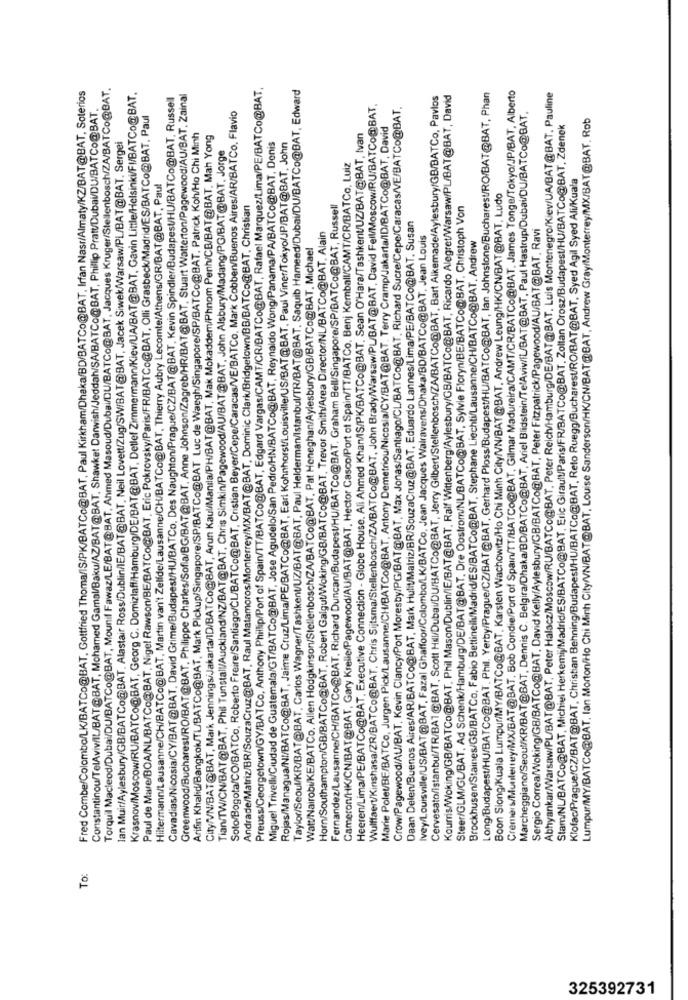
Fred Combe/Colombo/LK/BATCo@BAT, Gottfried Thoma/IS/PK/BATCo@BAT, Paul Kirkham/Dhaka/BD/BATCo@BAT, Irfan Nasr/Almaty/KZ/BAT@BAT, Soterios
Torquil Macleod/Dubai/DL/BATCo@BAT, Mounil Fawaz/LE/BAT@BAT, Ahmed Masoud/Dubai/DU/BATCo@BAT, Jacques Kruger/Stellenbosch/ZA/BATCo@BAT.
Preuss/Georgetown/GY/BATCo, Anthony Phillip/Port of Spain/TT/BATCo@BAT, Edgard Vargas/CAMT/CR/BATCo@BAT, Rafael Marquez/Lima/PE/BATCo@BAT,
Taylor/Seoul/KR/BAT@BAT, Carlos Wagner/TashkentUZ/BAT@BAT, Paul Helderman/Istanbul/TR/BAT@BAT, Saquib Hameed/Dubai/DU/BATCo@BAT, Edward
Cremers/Munleney/MX/BAT@BAT, Bob Condie/Port of Spain/TT/BATCo@BAT, Gilmar Madureira/CAMT/CR/BATCo@BAT. James Tonge/Tokyo/JP/BAT, Alberto
Krasnow/Moscow/RU/BATCo@BAT, Georg C. Domizlaff/Hamburg/DE/BAT@BAT, Detlef Zimmermann/Kiev/UA/BAT@BAT, Gavin Little/Helsinki/FI/BATCo@BAT,
Cavadias/Nicosia/CY/BAT@BAT. David Grime/Budapest/HU/BATCo, Des Naughton/Prague/CZ/BAT@BAT, Kevin Spindler/Budapest/HU/BATCo@BAT, Russell
Greenwood/Bucharest/RO/BAT@BAT, Philippe Charles/Sofia/BG/BAT@BAT. Anne Johnson/Zagreb/HR/BAT@BAT, Stuart Watterton/Pagewood/AU/BAT, Zainal
Cervesato/Istanbul/TR/BA1@BAT, Scott Hill/Dubai/DU/BATCo@BAT, Jerry Gilbert/Stellenbosch/ZA/BATCo@BAT, Bart Alkemade/Aylesbury/GB/BATCo, Pavlos
Kourris/Woking/GB/BATCo@BAT, Phil Mason/Dublin/IE/BAT@BAT, Ralf Wittenberg/Aylesbury/GB/BATCo@BAT, Ricardo Alegret/Warsaw/PL/BAT@BAT, David
Long/Budapest/HU/BATCo@BAT. Phil. Yerby/Prague/CZ/BAT@BAT, Gerhard Ploss/Budapest/HU/BATCo@BAT, lan Johnstone/Bucharest/RO/BAT@BAT, Phan
Abhyankar/Warsaw/PL/BAT@BAT, Peter Halacz/Moscow/RU/BATCo@BAT, Peter Reich/Hamburg/DE/BAT@BAT. Luis Montenegro/Kiew/UA/BAT@BAT. Pauline
Constantinou/TelAviv/IL/BAT@BAT, Mohamed Gamal/Baku/AZ/BAT@BAT, Shawket Darwish/Jeddah/SA/BATCo@BAT, Phillip Pratt/Dubai/DU/BATCo@BAT,
Wulffaert/Kinshasa/ZR/BATCo@BAT, Chris Sijtsma/Stellenbosch/ZA/BATCo@BAT, John Brady/Warsaw/PL/BAT@BAT, David Fell/Moscow/RU/BATCo@BAT.
Crow/Pagewood/AU/BAT, Kevin Clancy/Port Moresby/PG/BAT@BAT, Max Jonas/Santiago/CL/BATCo@BAT. Richard Sucre/Cepe/Caracas/VE/BATCo@BAT.
Paul de Mare/BOA/NL/BATCo@BAT, Nigel Rawson/BE/BATCo@BAT, Eric Pokrovsky/Paris/FR/BATCo@BAT, Olli Grasbeck/Madrid/ES/BATCo@BAT. Paul
Soto/Bogota/CO/BATCo, Roberto Freire/Santiago/CL/BATCo@BAT, Cristian Beyer/Cepe/Caracas/VE/BATCo. Mark Cobben/Buenos Aires/AR/BATCo. Flavio
Marcheggiano/Seoul/KR/BAT@BAT, Dennis C. Belgira/Dhaka/BD/BATCo@BAT, Ariel Blidstein/TelAviv/IL/BAT@BAT, Paul Hastrup/Dubai/DU/BATCo@BAT,
Lumpur/MY/BATCo@BAT, lan Morton/Ho Chi Minh City/VN/BAT@BAT, Louise Sanderson/HK/CN/BAT@BAT, Andrew Gray/Monterrey/MX/BAT@BAT. Rob
Marie PoletBE/BATCo, Jurgen Pick/Lausanne/CH/BATCo@BAT, Antony Demetriou/Nicosia/CY/BAT@BAT. Terry Cramp/Jakarta/ID/BATCo@BAT, David
Stam/NU/BATCo@BAT, Michiel Herkemij/Madrid/ES/BATCo@BAT, Eric Girault/Paris/FR/BATCo@BAT, Zoltan Orosz/Budapest/HU/BATCo@BAT, Zdenek
lan Muir/Aylesbury/GB/BATCo@BAT. Alastair Ross/Dublin/IE/BAT@BAT, Neil Lovett/Zug/SW/BAT@BAT, Jacek Siwek/Warsaw/PL/BAT@BAT. Sergei
Arifin Khalid/Bangkok/TL/BATCo@BAT, Mark Pickup/Singapore/SP/BATCo@BAT Luc de Waegh/Singapore/SP/BATCo@BAT. Patrick Koh/Ho Chi Minh
City/VN/BAT@BAT, Mark Jennings/Jakarta/ID/BATCo@BAT, Arun Kaul/Manıla/PH/BAT@BAT, Mak Mokaddem/Phnom Penh/CB/BAT@BAT. Mah Yong
Miguel Trivelli/Ciudad de Guatemala/GT/BATCo@BAT, Jose Agudelo/San Pedro/HN/BATCo@BAT, Reynaldo Wong/Panama/PA/BATCo@BAT, Denis
Rojas/Managua/NI/BATCo@BAT, Jaime Cruz/Lima/PE/BATCo@BAT, Earl Kohnhorst/Louisville/US/BAT@BAT, Paul Viner/Tokyo/JP/BAT@BAT, John
Heeren/Lima/PE/BATCo@BAT, Executive Connection - Globe House. Ali Ahmed Khan/IS/PK/BATCo@BAT. Sean O'Hara/Tashkent/UZ/BAT@BAT, Ivan
Tian/TW/CN/BAT@BAT, Phil Tunstall/Auckland/NZ/BAT@BAT, Chris Simkin/Pagewood/AU/BAT@BAT, John Alsbury/Madang/PG/BAT@BAT. Jorge
Cameron/HK/CN/BAT@BAT, Gary Krelle/Pagewood/AU/BAT@BAT, Hector Casco/Port of Spain/TT/BATCo. Benj Kemball/CAMT/CR/BATCo, Luiz
Klofac/Prague/CZ/BAT@BAT, Christian Behning/Budapest/HU/BATCo@BAT, Reto Ruegg/Bucharest/RO/BAT@BAT, Syed Agil Syed Ali/Kuala
Hiltermann/Lausanne/CH/BATCo@BAT, Martin van't Zelfde/Lausanne/CH/BATCo@BAT, Thierry Aubry Lecomte/Athens/GR/BAT@BAT, Paul
Boon Siong/Kuala Lumpur/MY/BATCo@BAT, Karsten Wachowitz/Ho Chi Minh City/VN/BAT@BAT, Andrew Leung/HK/CN/BAT@BAT, Ludo
Andrade/Matriz/BR/SouzaCruz@BAT, Raul Matamoros/Monterrey/MX/BAT@BAT, Dominic Clark/Bridgetown/BB/BATCo@BAT, Christian
Fernandez/Lausanne/CH/BATCo@BAT. Richard Duncan/Budapest/HU/BATCo@BAT. Graham Bell/Singapore/SP/BATCo@BAT, Russell
Steer/GLM/GL/BAT, Ad Schenk/Hamburg/DE/BAT@BAT. Dre Oostrom/NL/BATCo@BAT, Sylvie Floryn/BE/BATCo@BAT, Christoph Von
Daan Delen/Buenos Aires/AR/BATCo@BAT, Mark Hulit/Matriz/BR/SouzaCruz@BAT, Eduardo Lannes/Lima/PE/BATCo@BAT. Susan
Sergio Correa/Woking/GB/BATCo@BAT, David Kelly/Aylesbury/GB/BATCo@BAT, Peter Fitzpatrick/Pagewood/AU/BAT@BAT. Ravi
Horn/Southampton/GB/BATCo@BAT, Robert Galgut/Woking/GB/BATCo@BAT, Trevor Smith/Area Director/NL/BATCo@BAT, Alain
Ivey/Louisville/US/BAT@BAT, Fazal Ghaffoor/Colombo/LK/BATCo, Jean Jacques Walravens/Dhaka/BD/BATCo@BAT, Jean Louis
Brockhusen/Staines/GB/BATCo, Fabio Bettinelli/Madrid/ES/BATCo@BAT, Stephane Liechti/Lausanne/CH/BATCo@BAT. Andrew
Watt/Nairobi/KE/BATCo. Allen Hodgkinson/Stellenbosch/ZA/BATCo@BAT. Pat Heneghan/Aylesbury/GB/BATCo@BAT. Michael
To:
325392731